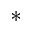
^ { * }